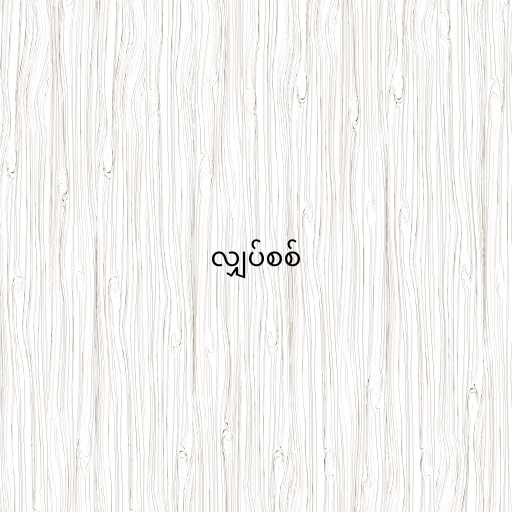
လျှပ်စစ်